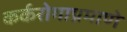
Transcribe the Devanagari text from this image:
कर्करोगाप्रमाणे